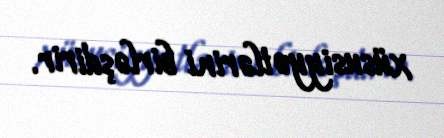
xüsusiyyətlərini birləşdirir.